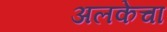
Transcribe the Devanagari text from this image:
अलकेचा